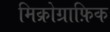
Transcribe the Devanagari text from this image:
मिक्रोग्राफ़िक